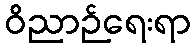
ဝိညာဉ်ရေးရာ